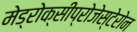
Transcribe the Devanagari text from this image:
मेड्रोक्सीप्रोजेस्टेरोन